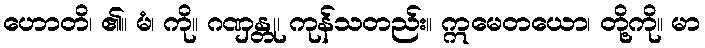
ဟောတိ၊ ၏။ မံ၊ ကို။ ဂဏှန္တု၊ ကုန်သတည်း။ ဣမေတယော၊ တို့ကို။ မာ